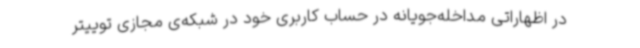
در اظهاراتی مداخله‌جویانه در حساب کاربری خود در شبکه‌ی مجازی توییتر